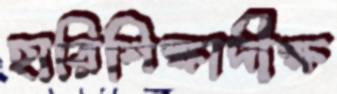
হারিশিক্ষাদীক্ষ